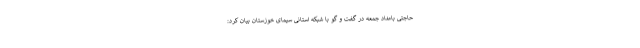
حاجتی بامداد جمعه در گفت و گو با شبکه استانی سیمای خوزستان بیان کرد: